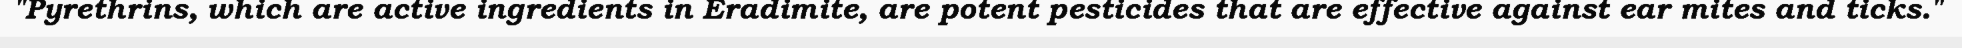
"Pyrethrins, which are active ingredients in Eradimite, are potent pesticides that are effective against ear mites and ticks."